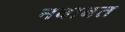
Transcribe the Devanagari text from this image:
नवाबत